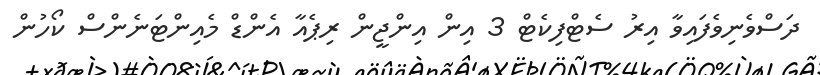
ދަސްވެނިވެފައިވާ އިރު ސެޓްފިކެޓް 3 އިން އިންޖީން ރިޕެއާ އެންޑް މެއިންޓަނެންސް ކޯހުން